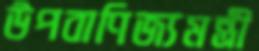
উপবাণিজ্যমন্ত্রী